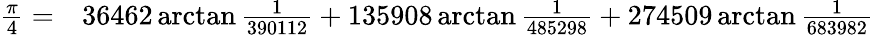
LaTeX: \begin{array}{rl}{{\frac{\pi}{4}}=}&{{}36462\arctan{\frac{1}{390112}}+135908\arctan{\frac{1}{485298}}+274509\arctan{\frac{1}{683982}}}\end{array}